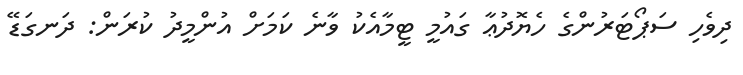
ދިވެހި ސަޕޯޓަރުންގެ ހެޔޮދުޢާ ގައުމީ ޓީމާއެކު ވާނެ ކަމަށް އުންމީދު ކުރަން: ދަނގަޑޭ